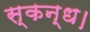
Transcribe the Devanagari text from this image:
स्कन्ध।